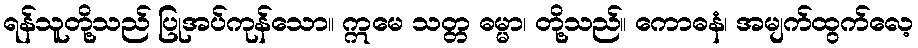
ရန်သူတို့သည် ပြုအပ်ကုန်သော။ ဣမေ သတ္တ ဓမ္မာ၊ တို့သည်။ ကောဓနံ၊ အမျက်ထွက်လေ့